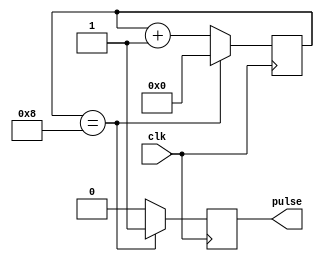
module PulseGenerator(
input wire clk,
output reg pulse
);

reg [7:0] count;
parameter PULSE_WIDTH = 8;

always @(posedge clk) begin
    if(count == PULSE_WIDTH) begin
        pulse <= 1;
        count <= 0;
    end else begin
        pulse <= 0;
        count <= count + 1;
    end
end

endmodule